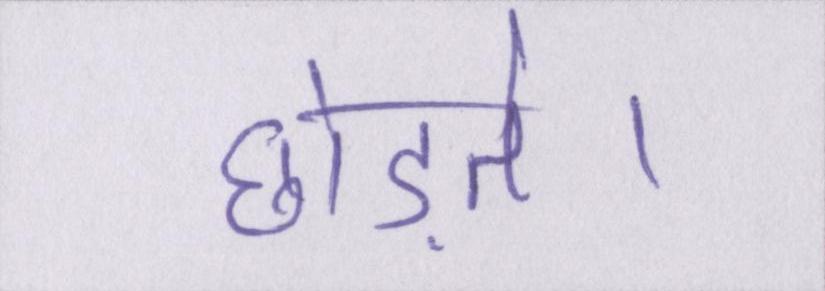
छोड़ते।